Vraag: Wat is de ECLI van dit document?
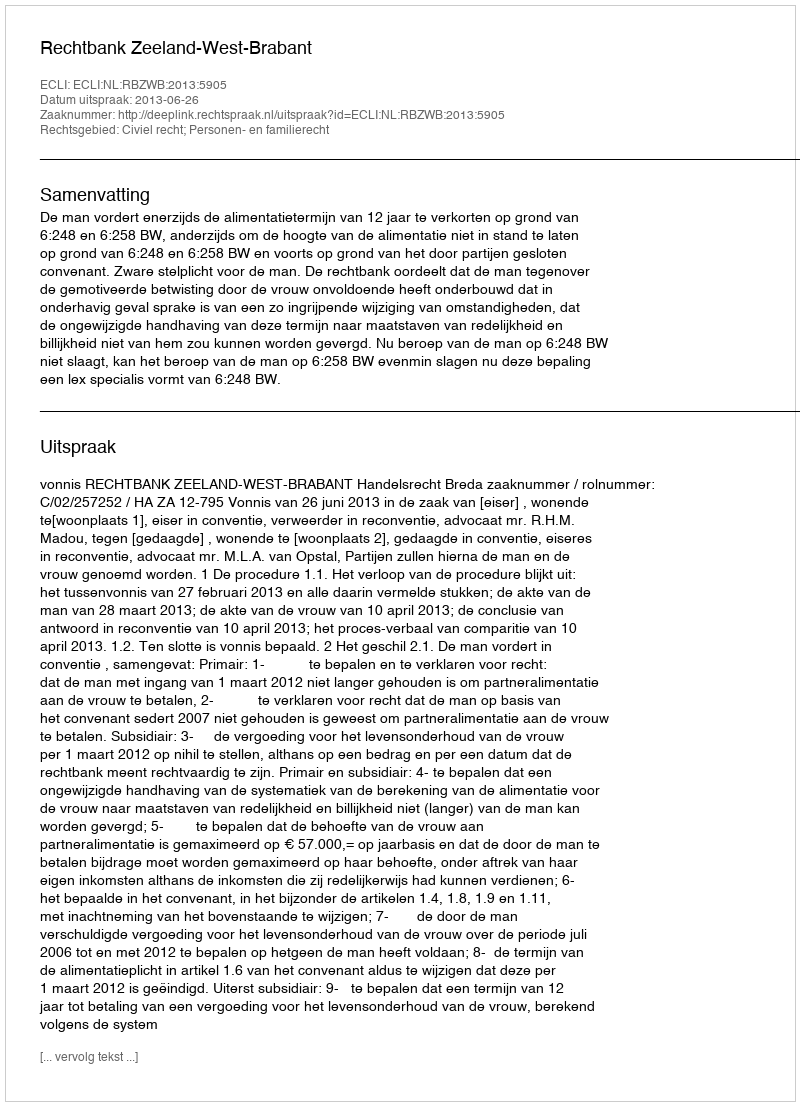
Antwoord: ECLI:NL:RBZWB:2013:5905